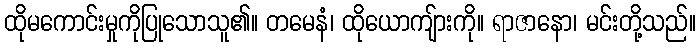
ထိုမကောင်းမှုကိုပြုသောသူ၏။ တမေနံ၊ ထိုယောကျ်ားကို။ ရာဇာနော၊ မင်းတို့သည်။